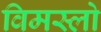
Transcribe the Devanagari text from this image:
विमस्लो